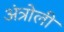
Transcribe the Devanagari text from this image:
अंत्रोली